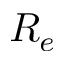
R _ { e }